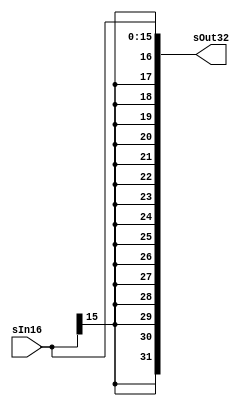
`timescale 1 ps / 100 fs
// FPGA projects, Verilog Projects, VHDL projects
// Verilog project: 32-bit 5-stage Pipelined MIPS Processor in Verilog 
// Sign-Extension
module sign_extend(sOut32,sIn16);
output [31:0] sOut32;
input [15:0] sIn16;
assign sOut32 = {{16{sIn16[15]}},sIn16};
endmodule
// Shift left 2 module 
module shift_left_2(Out32, In32);
output [31:0] Out32;
input [31:0] In32;

assign Out32 = {In32[29:0],2'b00};
endmodule